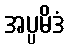
အပ္ပမိဒံ